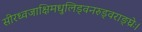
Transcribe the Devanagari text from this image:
सीरध्वजाक्षिमधुलिड्वनरुड्वराङ्घ्रेः।